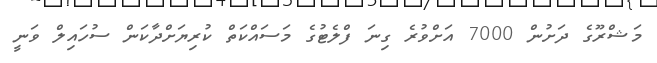
މަޝްރޫގެ ދަށުން 7000 އަށްވުރެ ގިނަ ފްލެޓުގެ މަސައްކަތް ކުރިޔަށްދާކަން ސުހައިލް ވަނީ